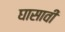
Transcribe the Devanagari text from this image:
घासावी